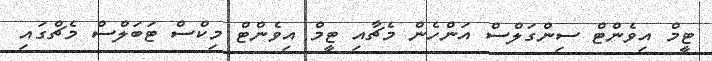
ޓީމް އިވެންޓް ސިންގަލްސް އަންހެން މެޗާއި ޓީމް އިވެންޓް މިކްސް ޓަބަލްސް މެޗްގައި